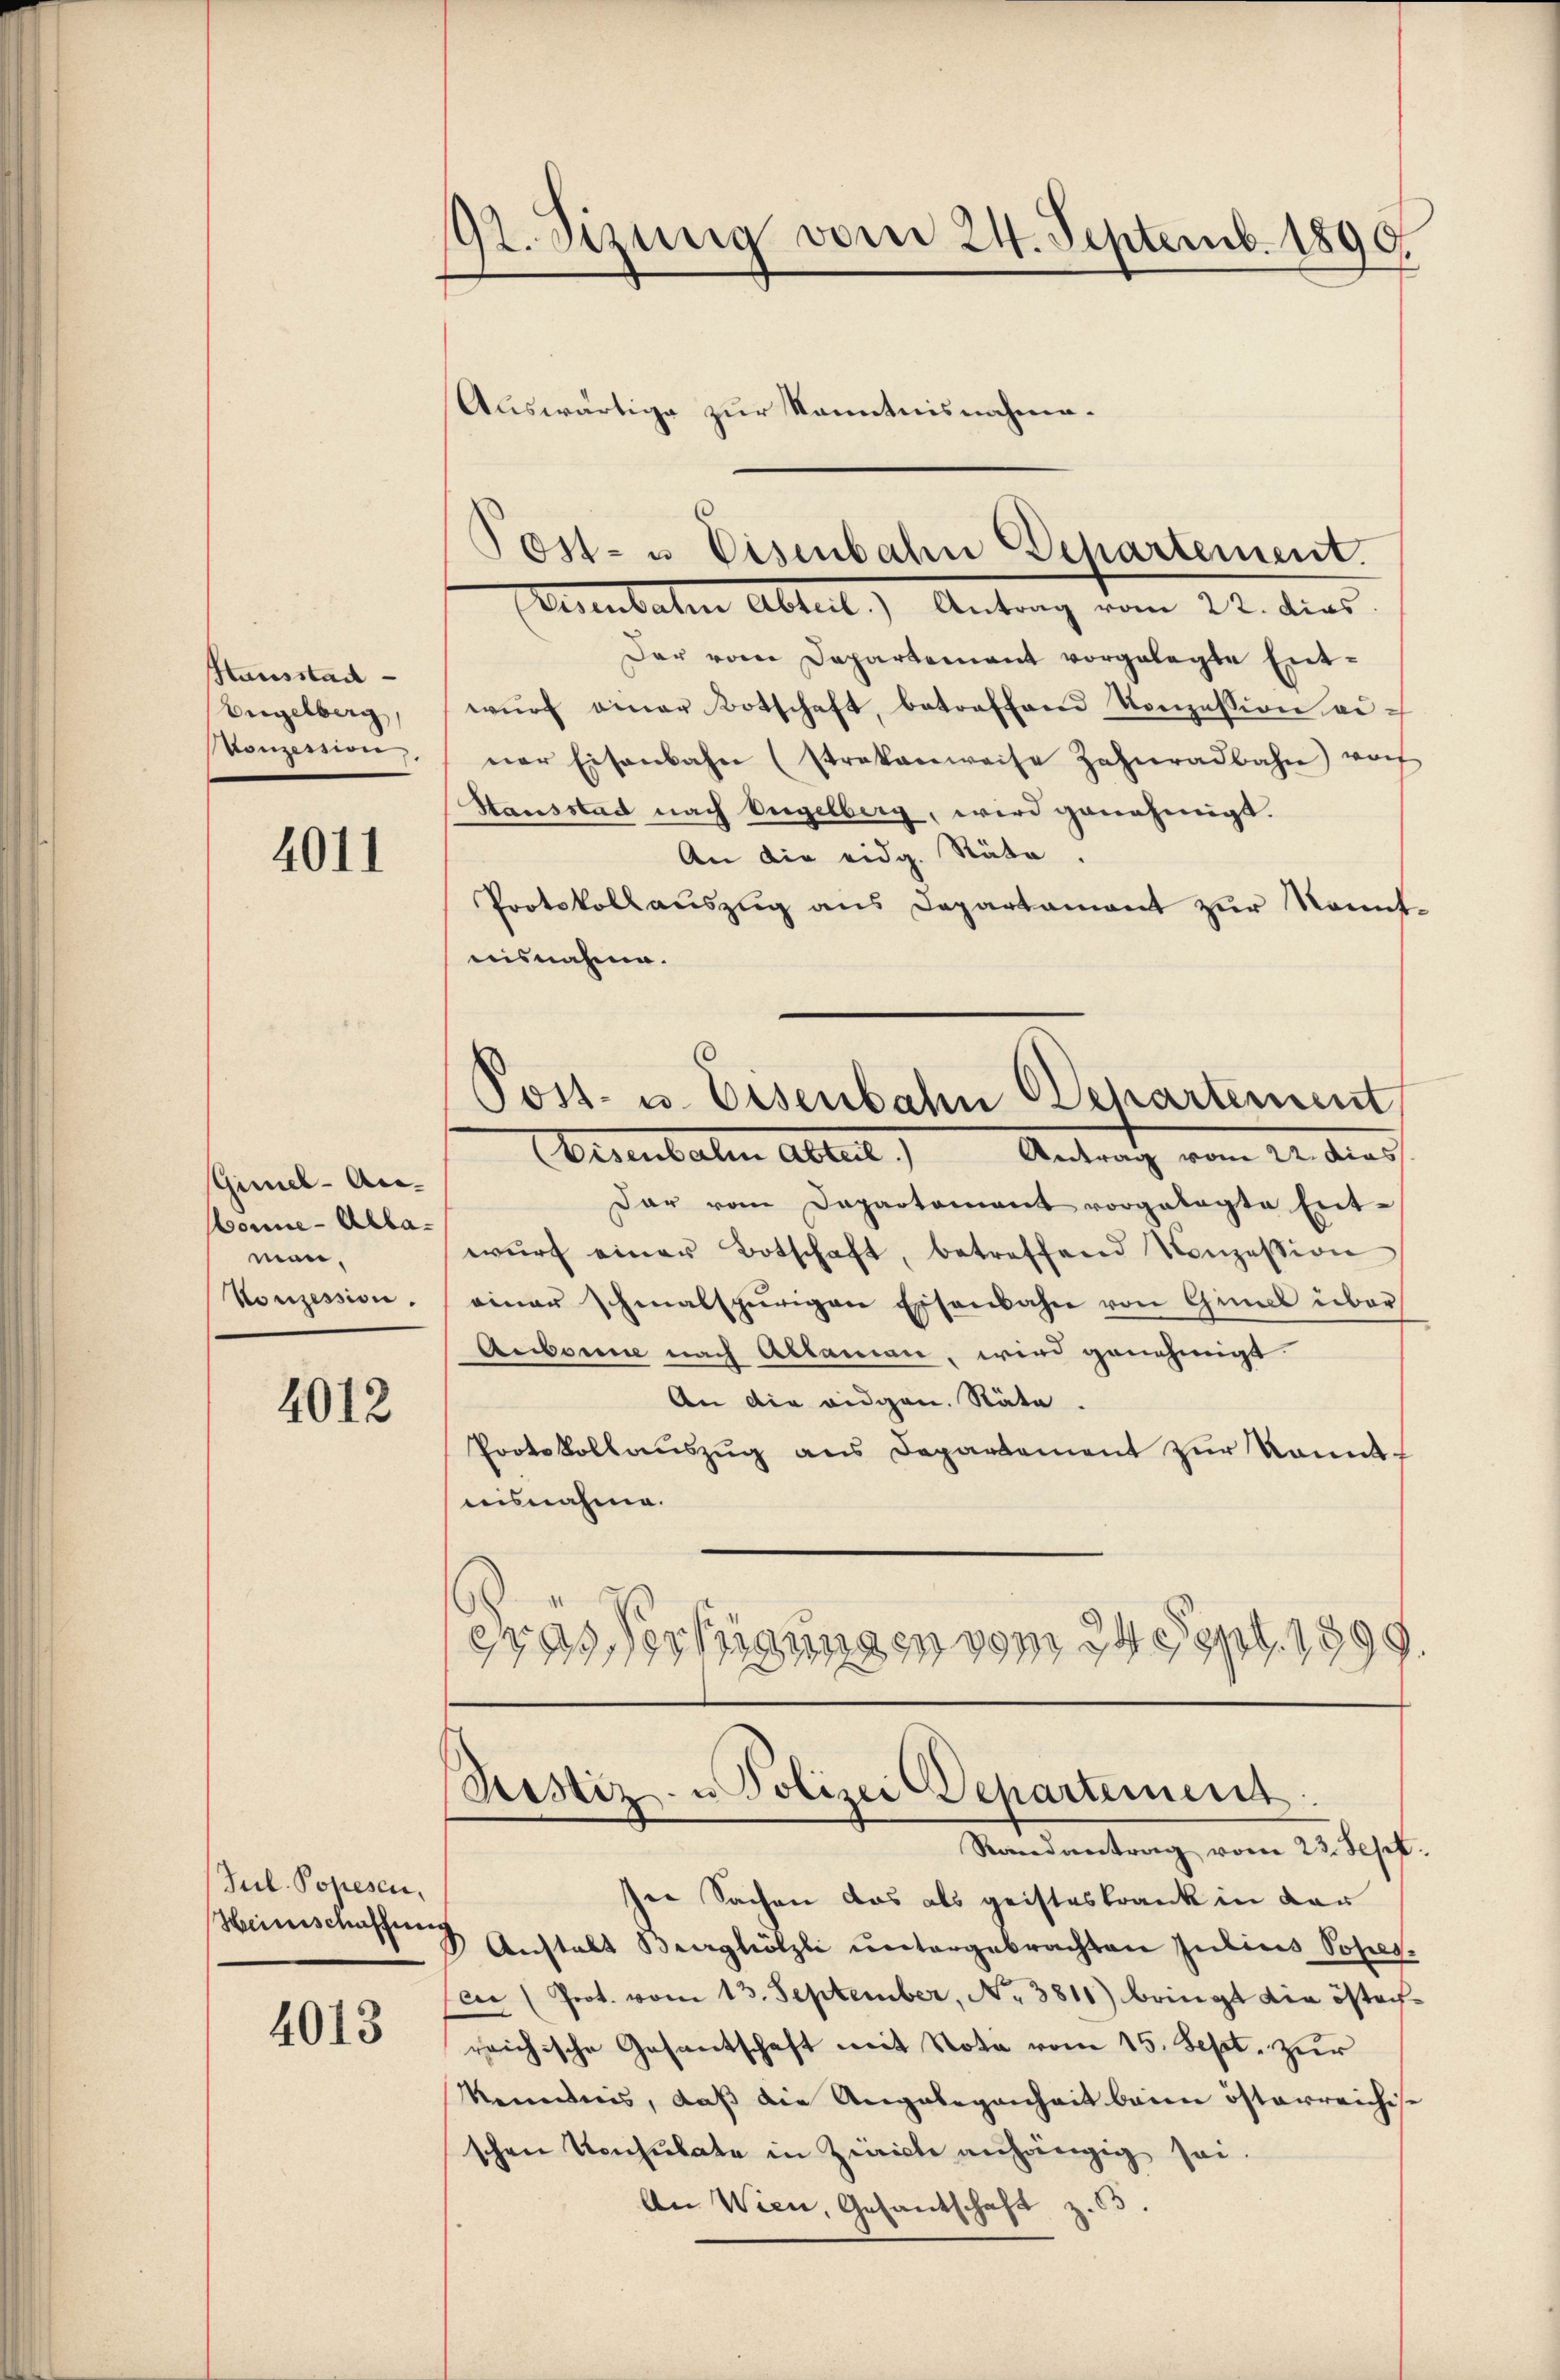
Hausstad
Engelberg,
Vonzession

4011

Gimel-Au¬
Honne-Allamen.
Konzession.

4012

Jul. Popesen,
Heinschaffen

4013

92. Sizung vom 24. Septemb. 1890.
Auswärtige zur Kenntnisnahme¬

Der vom Departement vorgelegte Entwŭrf einer Botschaft, betreffend Konzession einer Eisenbahn (strakanweise Zahnradbahn woh
Stausstad nach Engelberg, wird genehmigt.
An die eidg. Räte.
Protokollauszug aus Departament zur Kennt-
aisnahme.
Post- u. Eisenbahn chartement
Weisenbalm Abteil.) Antrag vom 22. dies
dar vom Departamant vorgelegte Ent-
wŭrf einer Botschaft, betreffend Konzession
einer schmalspurigen Eisenbahn von Gimal über¬
Aubonne nach Ablaman, wird genehmigt.
An die eidgen. Stäte.
Protokollaŭszŭg ans Departement zŭr konnt
nisnahme.
eres Verfügungen vom 24. Sept. 1899

Post- u Eisenbahn Departement.
Asenbaten Abteil) Antrag vom 22. dies

Restiz- u. Polizei Departements
Randantrag vom 23. Sept.

ser Sachen das als geisteskrank in der
Anstalt Burghölzli untergebrachten Julius Popes.
fen (Prot. vom 13. September, No 3811) bringt die östachreichische Gesantschaft mit Nota vom 15. Sept. zur
kenntnis, daß die Angelegenheit beim österreichise
schen Konsulate in Zürich anhängig sei.
An Wien, Gesandschaft z. 65.